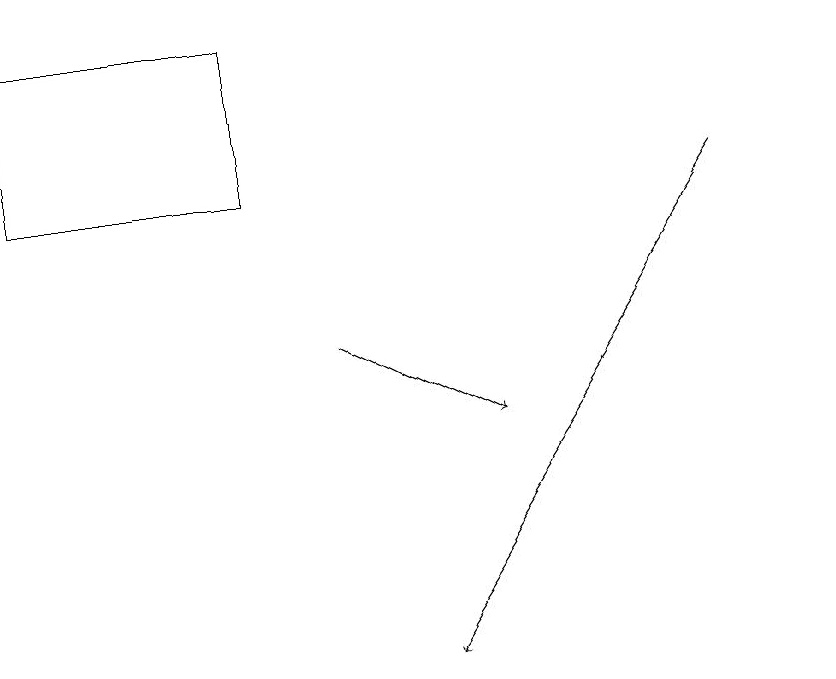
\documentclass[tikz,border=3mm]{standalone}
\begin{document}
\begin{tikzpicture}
\draw[->] (4,14) -- (6,13);
\draw (3,16) rectangle (0,18);
\draw (10,12) circle (0);
\draw[->] (9,16) -- (5,10);
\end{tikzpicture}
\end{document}